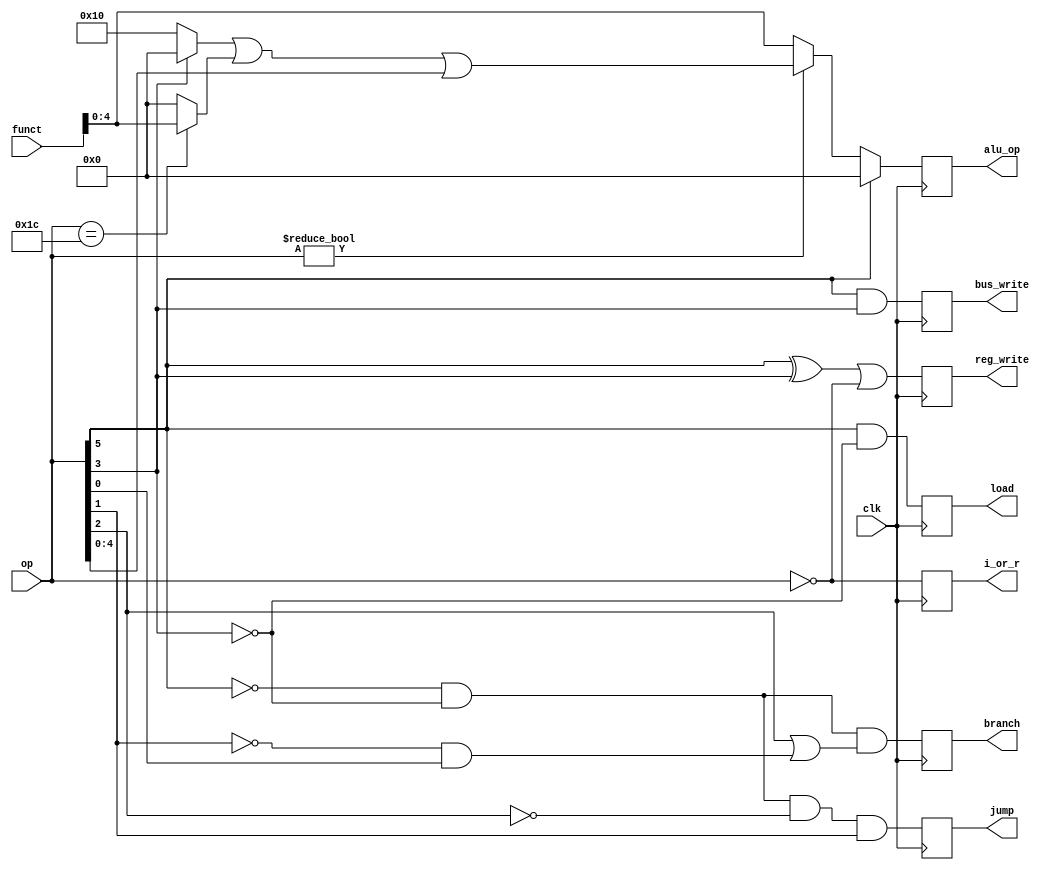
`timescale 1ns / 1ps

module Control(
    input clk,
    input [5:0]op,
    input [5:0]funct,
    output reg [4:0]alu_op,
    output reg i_or_r,
    output reg reg_write,
    output reg load,
    output reg bus_write,
    output reg branch,
    output reg jump
);

parameter CL = 6'b011100;

always@(posedge clk) begin
    i_or_r <= !op;
    reg_write <= (op[5] ^ op[3]) || !op;
    bus_write <= op[5] & op[3];
    load <= op[5] & ~op[3];
    branch <= ~op[5] & ~op[3] & (op[2] | ~op[1] & op[0]);
    jump <= ~op[5] & ~op[3] & ~op[2] & op[1];
    alu_op <= op[5] ? 0 :
              op ? (op[3] ? 0 : 16) | (op == CL ? funct : 0) | op :
              funct;
end

endmodule